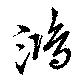
鴻